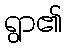
ရွာ၏